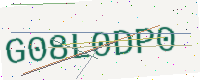
Text: G08L0DP0